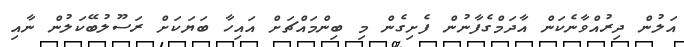
އަލުން ދިރުއްވާނެކަން އާދަމްގެފާނުން ފެށިގެން މި ބިންމައްޗަށް އައިހާ ބަޔަކަށް ރަސޫލުބޭކަލުން ނާއި